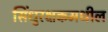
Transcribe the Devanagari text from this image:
सिंधुरक्षकमधील